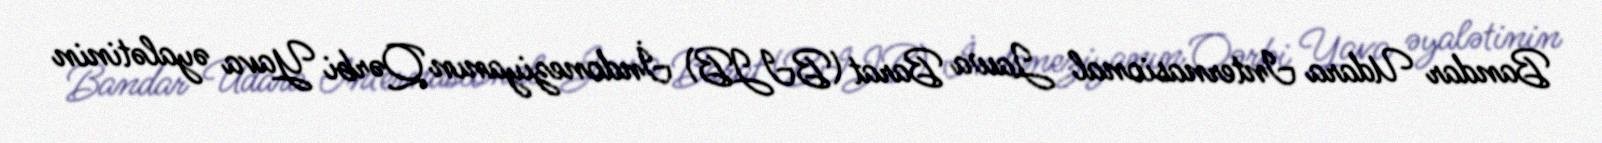
Bandar Udara Internasional Jawa Barat (BIJB) İndoneziyanın Qərbi Yava əyalətinin